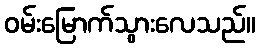
ဝမ်းမြောက်သွားလေသည်။